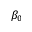
\beta _ { 0 }